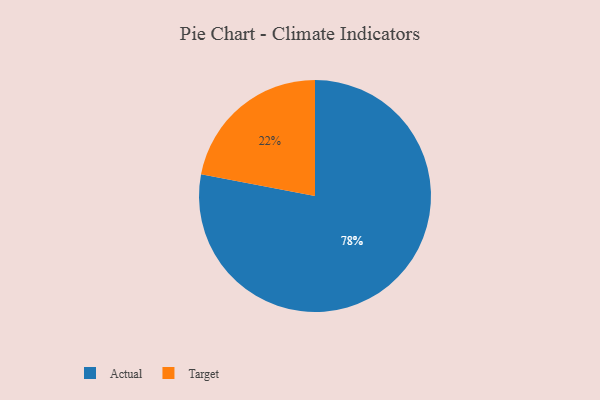
{"axis": {"x": "Category", "y": "Percentage"}, "legend": ["Actual", "Target"], "data": [{"x": "Actual", "y": 78, "type": "Actual"}, {"x": "Target", "y": 22, "type": "Target"}]}